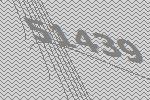
51439